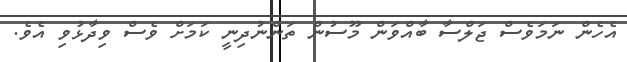
އެހެން ނަމަވެސް ޖަލްސާ ބާއްވަން މޫސުން ތަންނުދިނީ ކަމަށް ވެސް ވިދާޅުވި އެވެ.